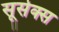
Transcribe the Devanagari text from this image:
सूसेक्स